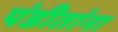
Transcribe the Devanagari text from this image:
पंडीतांना